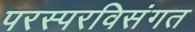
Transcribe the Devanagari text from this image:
परस्परविसंगत